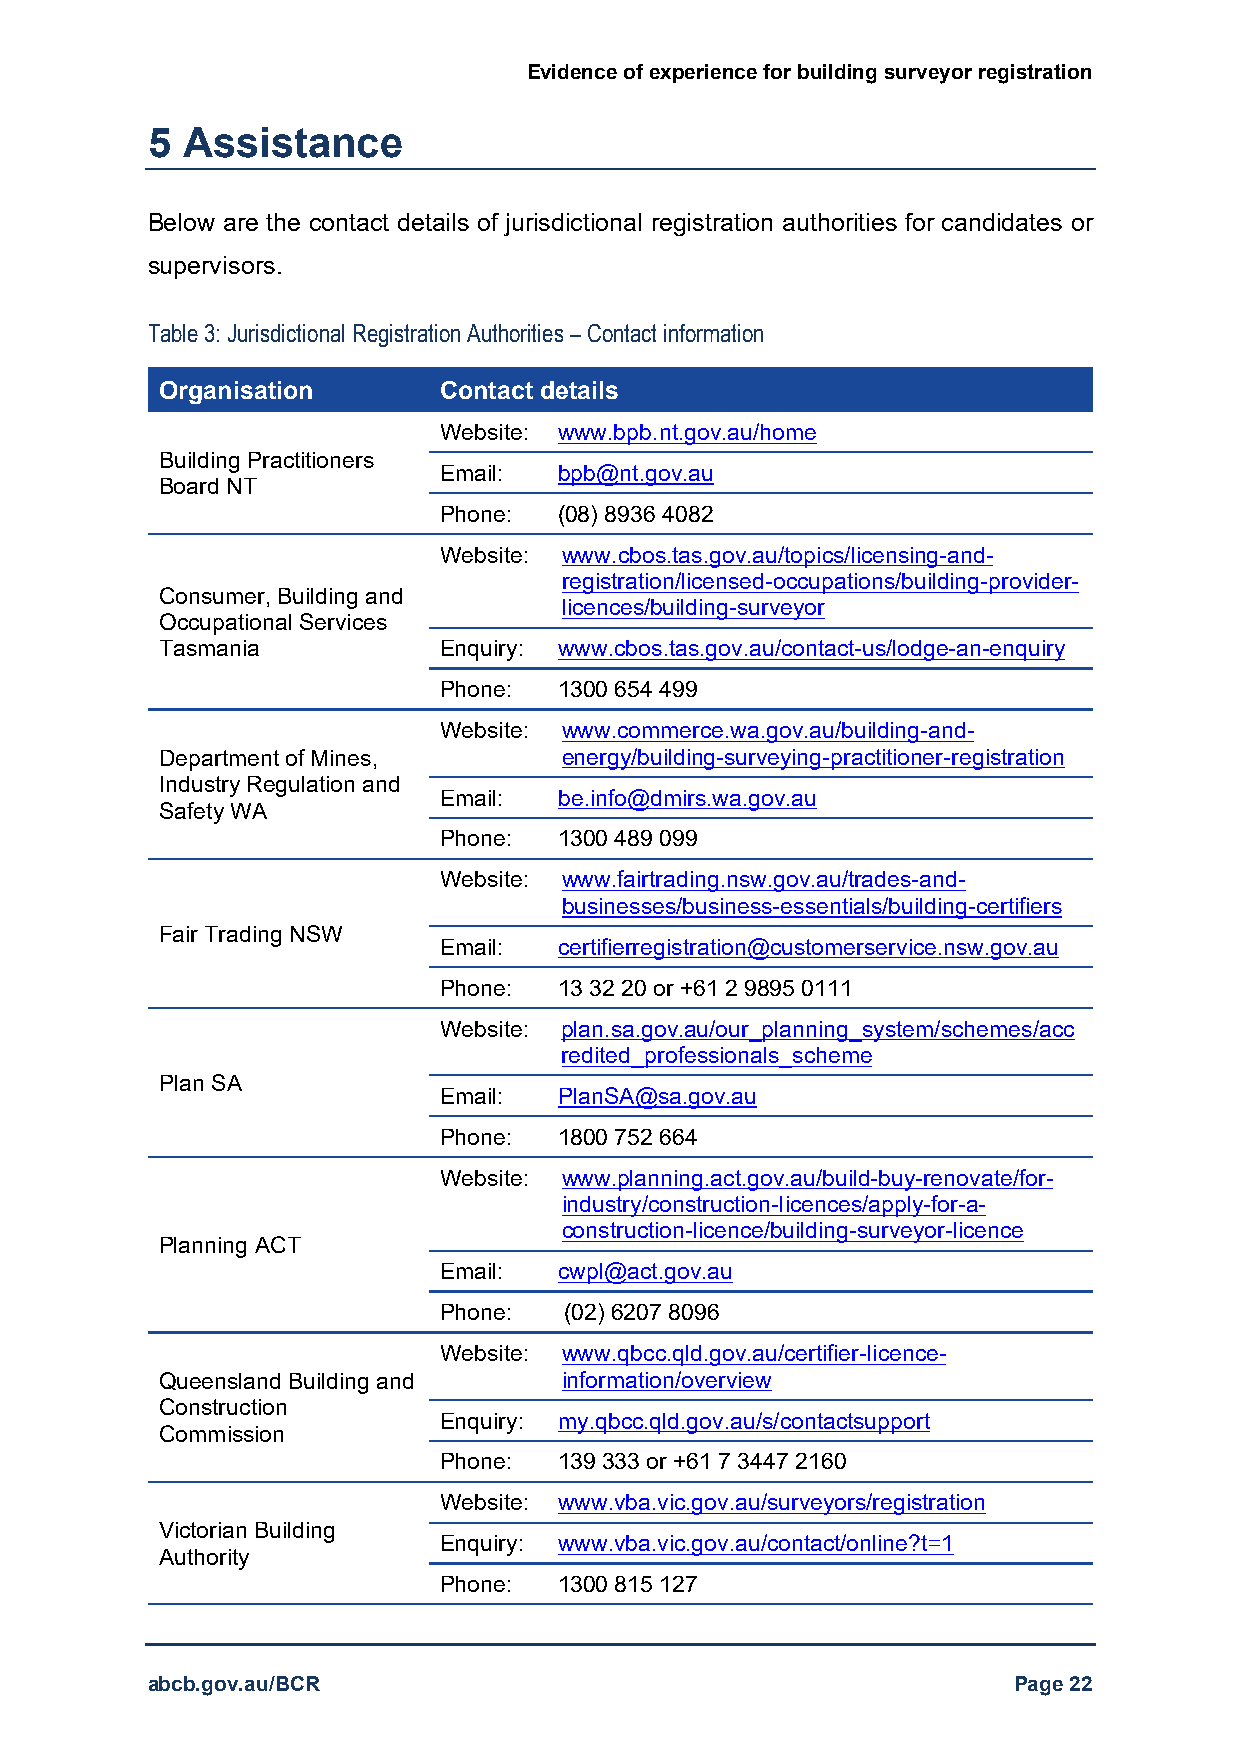
Evidence of experience for building surveyor registration
 5 Assistance
 Below are the contact details of jurisdictional registration authorities for candidates or
 supervisors.
 Table 3: Jurisdictional Registration Authorities – Contact information
 Organisation      Contact details
 Website: www.bpb.nt.gov.au/home
 Building Practitioners
 Email:  bpb@nt.gov.au
 Board NT
 Phone:  (08) 8936 4082
 Website: www.cbos.tas.gov.au/topics/licensing-and-
 registration/licensed-occupations/building-provider-
 Consumer, Building and
 licences/building-surveyor
 Occupational Services
 Tasmania          Enquiry: www.cbos.tas.gov.au/contact-us/lodge-an-enquiry
 Phone:  1300 654 499
 Website: www.commerce.wa.gov.au/building-and-
 Department of Mines,      energy/building-surveying-practitioner-registration
 Industry Regulation and
 Email:  be.info@dmirs.wa.gov.au
 Safety WA
 Phone:  1300 489 099
 Website: www.fairtrading.nsw.gov.au/trades-and-
 businesses/business-essentials/building-certifiers
 Fair Trading NSW
 Email:  certifierregistration@customerservice.nsw.gov.au
 Phone:  13 32 20 or +61 2 9895 0111
 Website: plan.sa.gov.au/our_planning_system/schemes/acc
 redited_professionals_scheme
 Plan SA
 Email:  PlanSA@sa.gov.au
 Phone:  1800 752 664
 Website: www.planning.act.gov.au/build-buy-renovate/for-
 industry/construction-licences/apply-for-a-
 construction-licence/building-surveyor-licence
 Planning ACT
 Email:  cwpl@act.gov.au
 Phone:  (02) 6207 8096
 Website: www.qbcc.qld.gov.au/certifier-licence-
 Queensland Building and   information/overview
 Construction
 Enquiry: my.qbcc.qld.gov.au/s/contactsupport
 Commission
 Phone:  139 333 or +61 7 3447 2160
 Website: www.vba.vic.gov.au/surveyors/registration
 Victorian Building
 Enquiry: www.vba.vic.gov.au/contact/online?t=1
 Authority
 Phone:  1300 815 127
 abcb.gov.au/BCR                                          Page 22